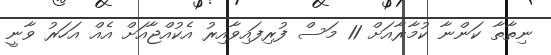
ނިތާތާ ކަންނާ ކުމާރާއަށް 11 މަސް ފުރިފައިވާއިރު އެކުއްޖާއަށް އެއް އަހަރު ވާނީ